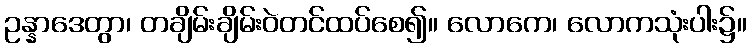
ဥန္နာဒေတွာ၊ တချိမ်းချိမ်းဝဲတင်ထပ်စေ၍။ လောကေ၊ လောကသုံးပါး၌။